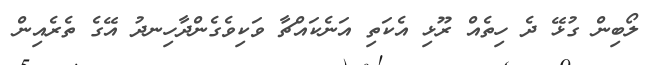
ލޯބިން ގުޅޭ ދެ ހިތެއް ރޫޅި އެކަތި އަނެކައްޗާ ވަކިވެގެންދާހިނދު އޭގެ ތެރެއިން